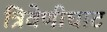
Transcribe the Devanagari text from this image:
त्रिवेणीघाट